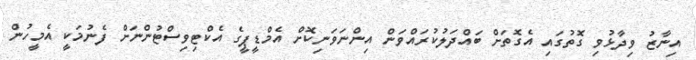
އިނާޒު ވިދާޅުވި ގޮތުގައި އެގޮތަށް ބައްދަލުކުރައްވަން އިންނަވަނިކޮށް އެމްޑީޕީގެ އެކްޓިވިސްޓުންނަށް ފެނުމަކީ އެމީހުން